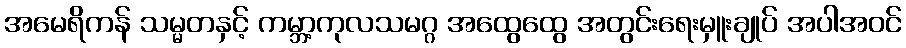
အမေရိကန် သမ္မတနှင့် ကမ္ဘာ့ကုလသမဂ္ဂ အထွေထွေ အတွင်းရေးမှူးချုပ် အပါအဝင်